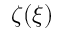
\zeta ( \xi )